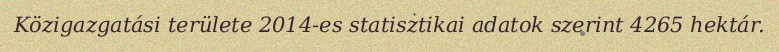
Közigazgatási területe 2014-es statisztikai adatok szerint 4265 hektár.